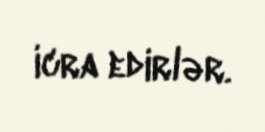
icra edirlər.